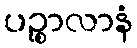
ပဉ္စာလာနံ